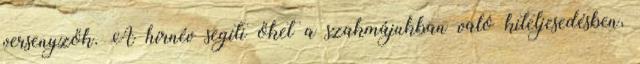
versenyzők. A hírnév segíti őket a szakmájukban való kiteljesedésben,